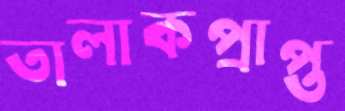
তালাকপ্রাপ্ত